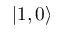
| 1 , 0 \rangle